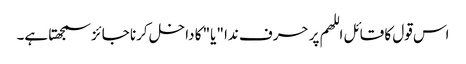
اس قول کا قائل اللھم پر حرف ندا "یا" کا داخل کرنا جائز سمجھتا ہے۔